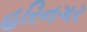
હરિનગર